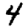
Digit: 4